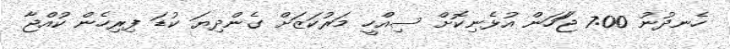
ހެނދުނު 7:00 ޖަަހަން އުޅެނިކޮށް ސިއްހީ މަރުކަޒަށް ގެންދިޔަ ކުޑަ ފިރިހެން ކުއްޖާ